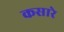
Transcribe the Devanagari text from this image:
कसारे